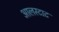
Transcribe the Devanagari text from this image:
आलस्टाट